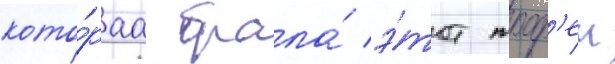
кото́раа брала́ э́тот троф'еи